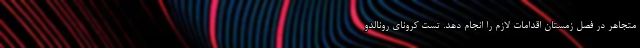
متجاهر در فصل زمستان اقدامات لازم را انجام دهد. تست کرونای رونالدو